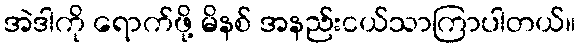
အဲဒါကို ရောက်ဖို့ မိနစ် အနည်းငယ်သာကြာပါတယ်။